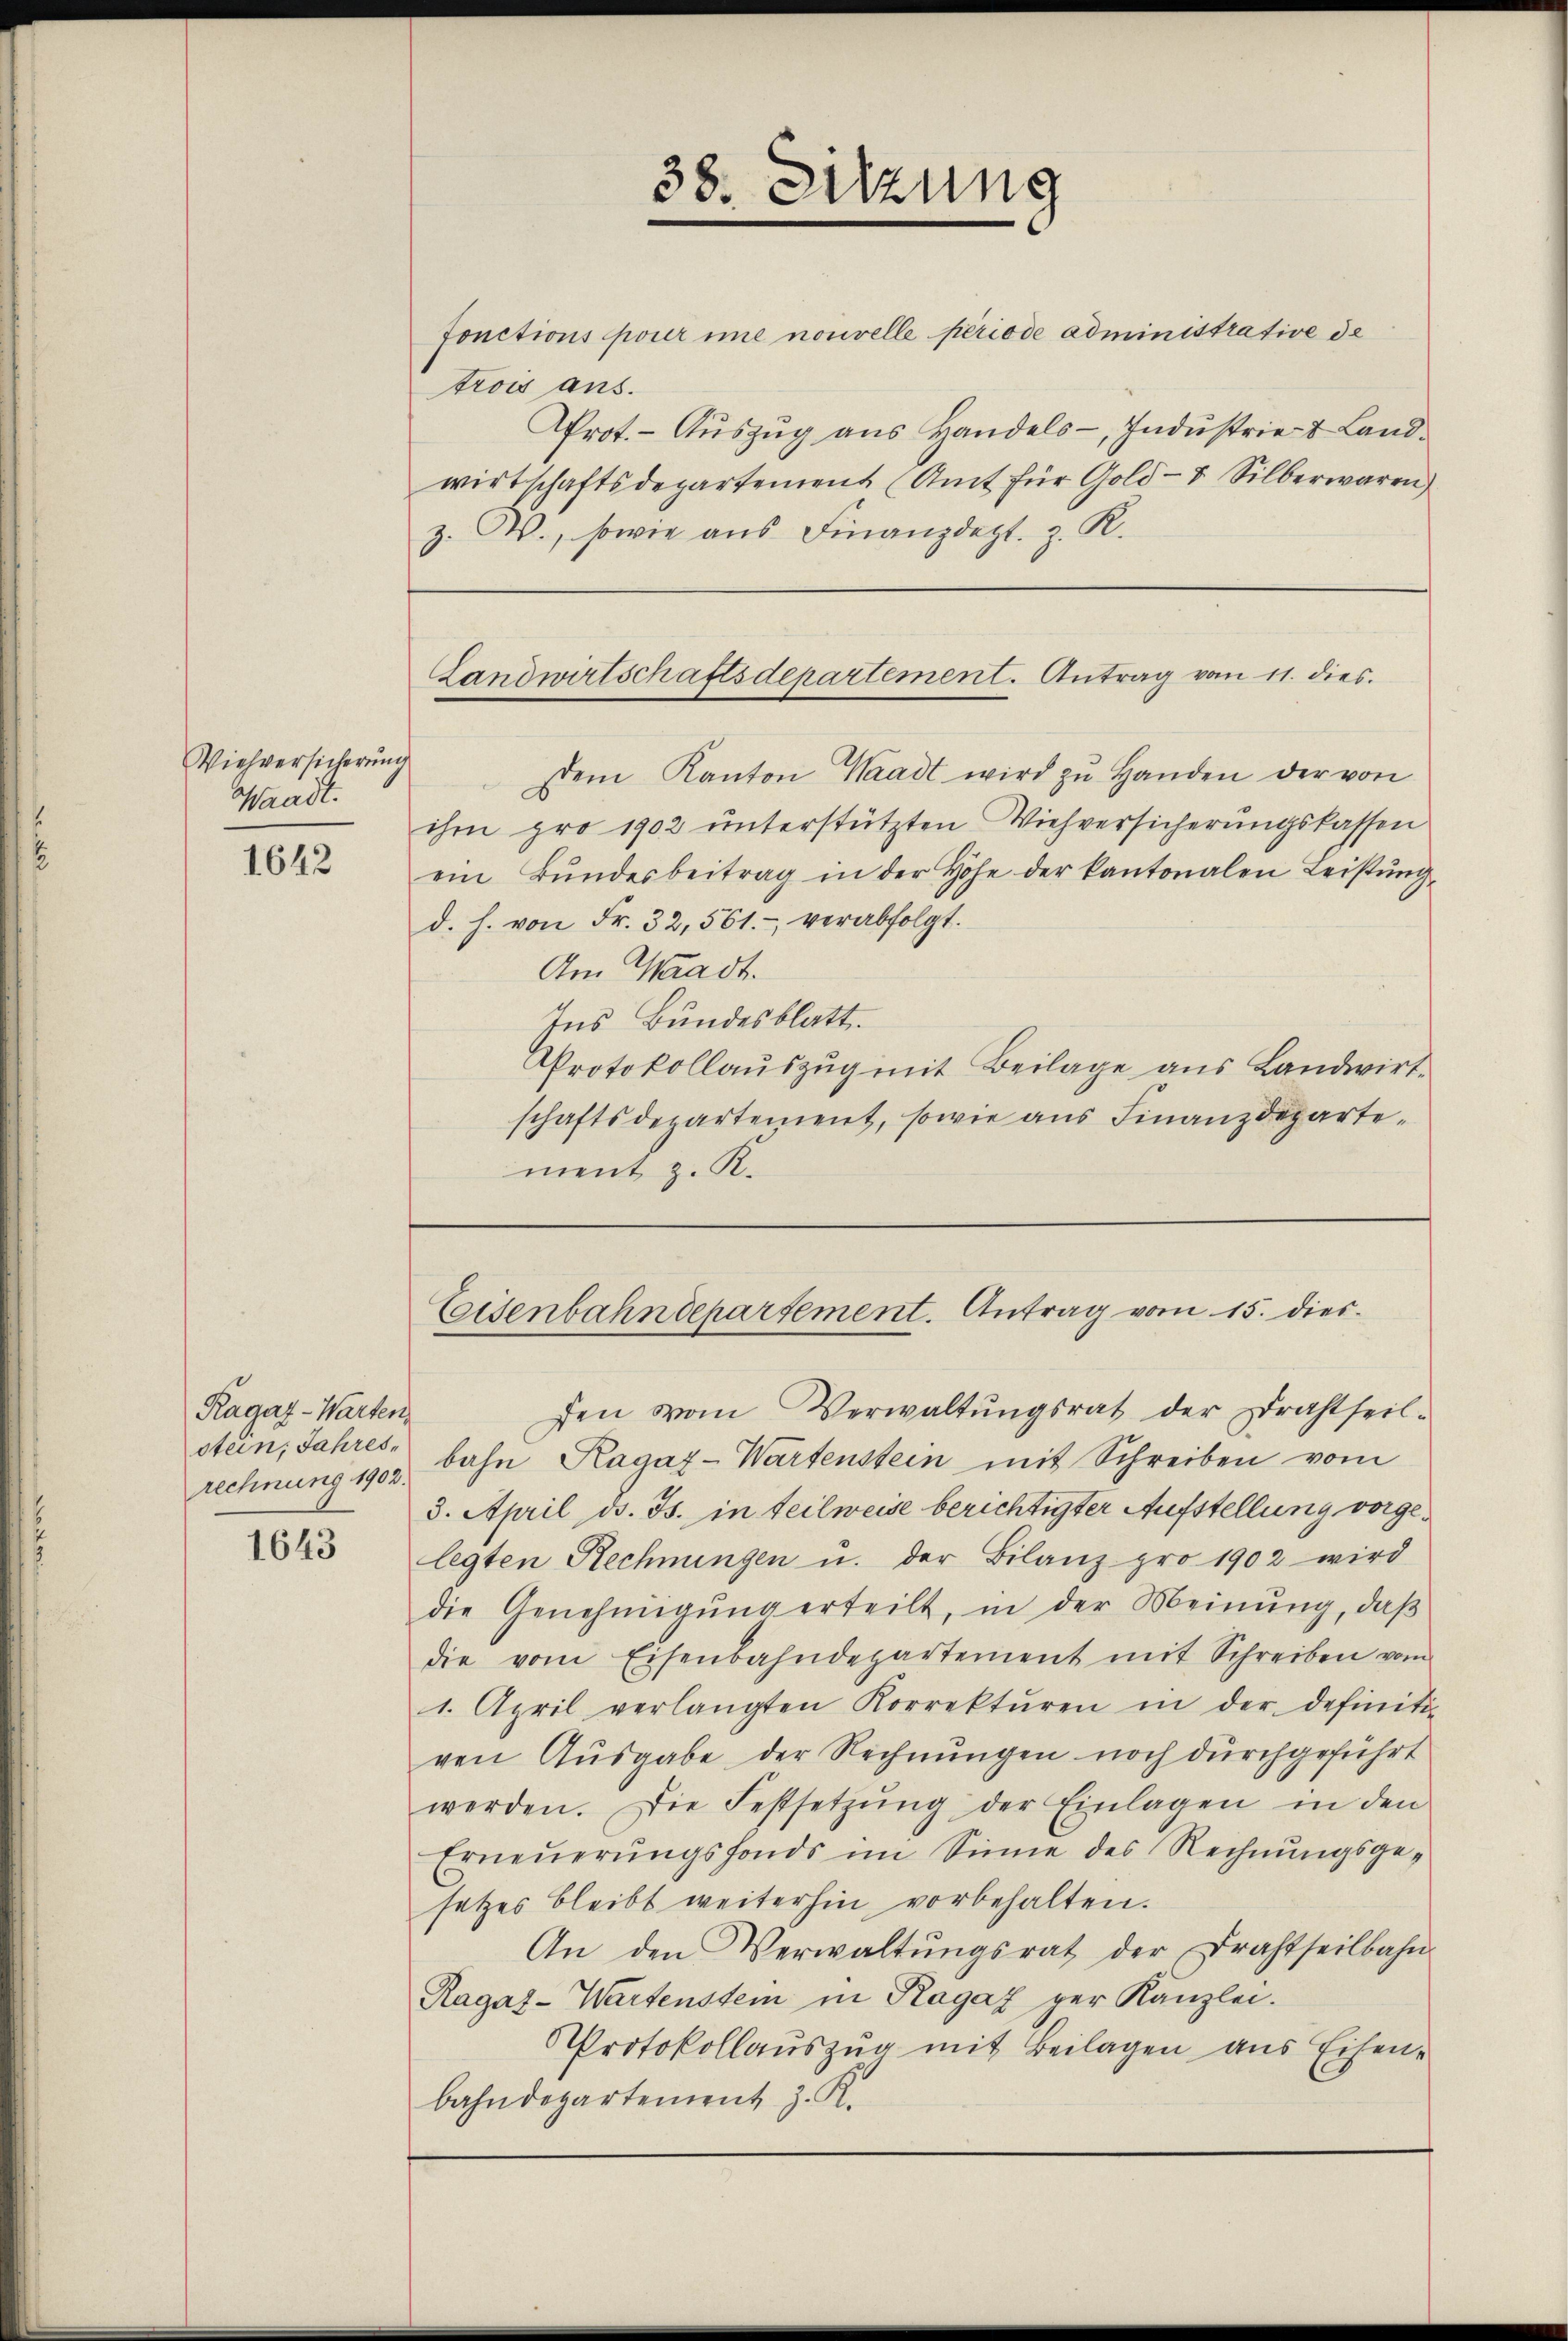
Viehversicherung
Waadt.

1642

Ragaz-Warten,
rechnung 1902.

1643

fonctions poner ime nouvelle periode administrative de
trois aus.
Prot. - Aŭszŭg aŭs Handels-, Indŭstrie- & Land-
wirtschaftsdepartement (Amt für Gold- & Silberwaren
z. W., sowie aus Finanzdept. z. R.

dem Kanton Waadt wird zu Handen der von
ihm pro 1902 unterstützten Viehversicherungskassen
ein Bŭndesbeitrag in der Höhe der kantonalen Leistŭng-
d. h. von Fr. 32, 561.- verabfolgt.
Am Waadt.
Ins Bundesblatt
Protokollaŭszŭg mit Beilage aus Landwirt
schaftsdepartement, sowie aŭs Finanzdeparte-
ment z. K.

fen von Verwaltŭngsrat der Drahtheil-
stein, Jahres bahn Ragaz-Wartenstein mit Schreiben vom
3. April d. Js. in teilweise berichtigter Aufstellung vorgelegten Rechnungen u. der Bilanz pro 1902 wird
die Genehmigŭng erteilt, in der Meinung, daß
die vom Eisenbahndepartement mit Schreiben vom
1. April verlangten Korrektŭren in der definiti-
gen Ausgabe der Rechnungen noch durchgeführt
werden. Die Festsetzŭng der Einlagen in den
Erneŭerŭngsfonds im Sinne des Rechnŭngsge-
setzes bleibt weiterhin vorbehalten.
An den Verwaltŭngsrat der Drahtseilbahn
Ragaz-Wartenstein in Ragaz ger Kanzlei.
Protokollauszug mit Beilagen aus Eisenbahndepartement z. R.

38. Sitzung

Landwirtschaftsdepartement. Antrag vom 11. dies

Eisenbahndepartement. Antrag vom 15. dies